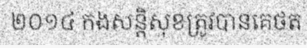
២០១៤ កងសន្តិសុខត្រូវបានគេថត